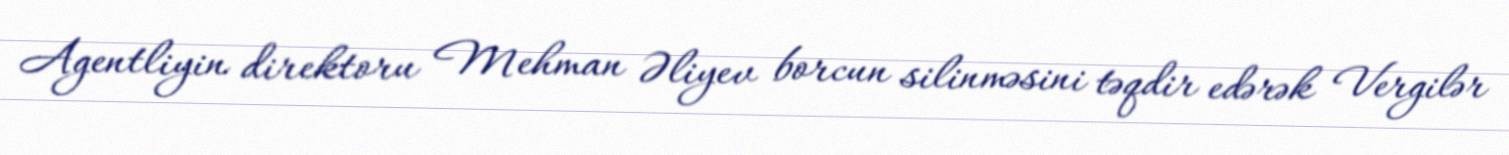
Agentliyin direktoru Mehman Əliyev borcun silinməsini təqdir edərək Vergilər